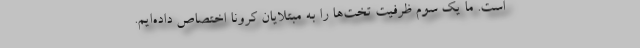
است. ما یک سوم ظرفیت تخت‌ها را به مبتلایان کرونا اختصاص داده‌ایم.